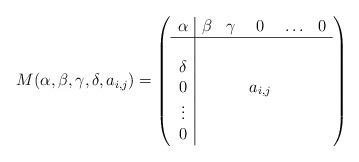
LaTeX: \begin{align*}M(\alpha,\beta,\gamma,\delta,a_{i,j})=\left(\begin{array}{c|ccccc}\alpha & \beta & \gamma & 0 & \ldots & 0\\\hline\\\delta & & & & & \\0 & & & a_{i,j} & & \\\vdots & & & & & \\0 & & & & & \end{array}\right)\end{align*}